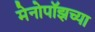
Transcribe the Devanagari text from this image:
मेनोपॉझच्या